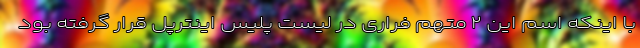
با اینکه اسم این ۲ متهم فراری در لیست پلیس اینترپل قرار گرفته بود